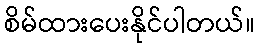
စိမ်ထားပေးနိုင်ပါတယ်။